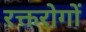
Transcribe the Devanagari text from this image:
रक्तरोगों